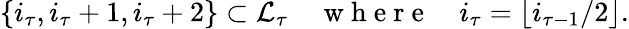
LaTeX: \{ i_{\tau},i_{\tau}+1,i_{\tau}+2\} \subset\mathcal{L}_{\tau}\quad\mathrm{~w~h~e~r~e~}\quad i_{\tau}=\lfloor i_{\tau-1}/2\rfloor.